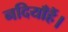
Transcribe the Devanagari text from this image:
नदियाँहैं।